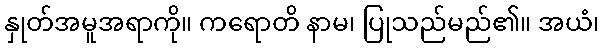
နှုတ်အမူအရာကို။ ကရောတိ နာမ၊ ပြုသည်မည်၏။ အယံ၊